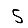
Digit: 5